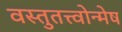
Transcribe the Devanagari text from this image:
वस्तुतत्त्वोन्मेष